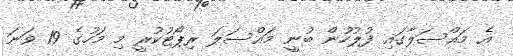
އެ މައްސަލާގައި ފުލުހުން ބުނީ މައްސަލަ ރިޕޯޓުކުރީ މި މަހުގެ 19 ވަނަ